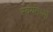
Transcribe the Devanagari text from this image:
स्वयंतथ्यों